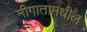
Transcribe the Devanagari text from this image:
नीगातामधील